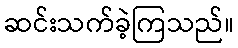
ဆင်းသက်ခဲ့ကြသည်။